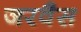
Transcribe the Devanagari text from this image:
जरवैस